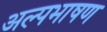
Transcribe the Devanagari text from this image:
अल्पभाषण